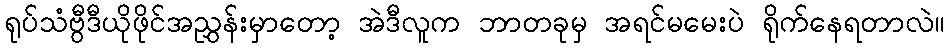
ရုပ်သံဗွီဒီယိုဖိုင်အညွှန်းမှာတော့ အဲဒီလူက ဘာတခုမှ အရင်မမေးပဲ ရိုက်နေရတာလဲ။